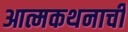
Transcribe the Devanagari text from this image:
आत्मकथनाची